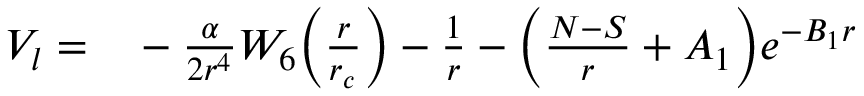
\begin{array} { r l } { V _ { l } = } & { { } - \frac { \alpha } { 2 r ^ { 4 } } W _ { 6 } \Big ( \frac { r } { r _ { c } } \Big ) - \frac { 1 } { r } - \Big ( \frac { N - S } { r } + A _ { 1 } \Big ) e ^ { - B _ { 1 } r } } \end{array}